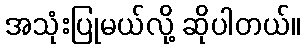
အသုံးပြုမယ်လို့ ဆိုပါတယ်။